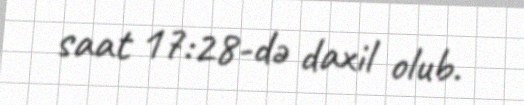
saat 17:28-də daxil olub.